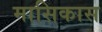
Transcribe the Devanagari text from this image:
मासिकास